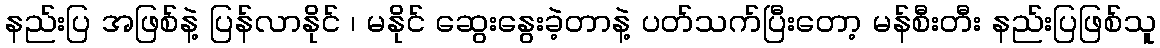
နည်းပြ အဖြစ်နဲ့ ပြန်လာနိုင် ၊ မနိုင် ဆွေးနွေးခဲ့တာနဲ့ ပတ်သက်ပြီးတော့ မန်စီးတီး နည်းပြဖြစ်သူ